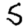
Digit: 5